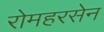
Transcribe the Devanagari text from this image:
रोमहरसेन